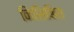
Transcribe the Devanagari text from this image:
निसिबिस